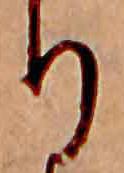
り